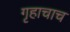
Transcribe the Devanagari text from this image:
गृहाचाच